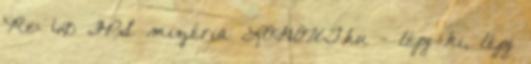
Re: 60 FPS mizéria LOGOUT.hu - lépj ki, lépj